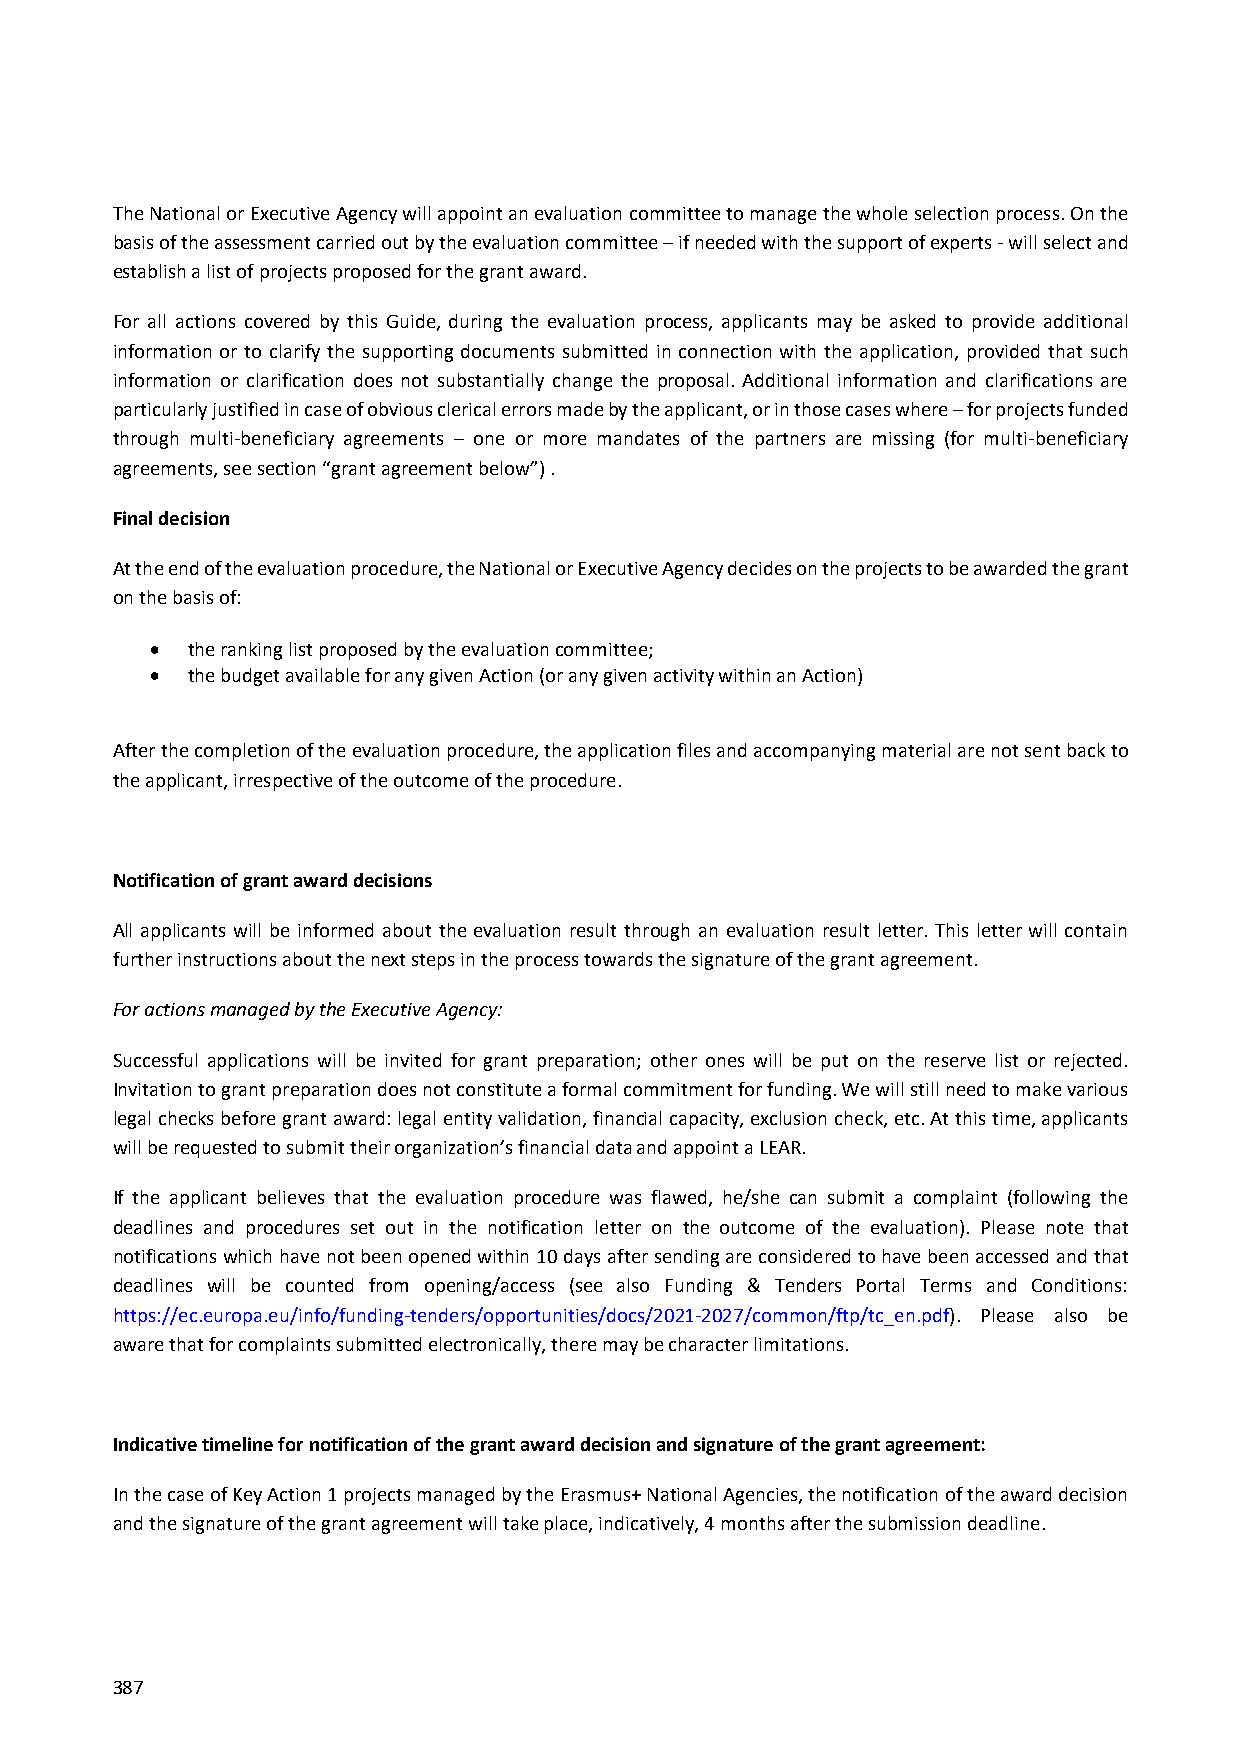
The National or Executive Agency will appoint an evaluation committee to manage the whole selection process. On the
 basis of the assessment carried out by the evaluation committee – if needed with the support of experts ‐ will select and
 establish a list of projects proposed for the grant award.
 For all actions covered by this Guide, during the evaluation process, applicants may be asked to provide additional
 information or to clarify the supporting documents submitted in connection with the application, provided that such
 information or clarification does not substantially change the proposal. Additional information and clarifications are
 particularly justified in case of obvious clerical errors made by the applicant, or in those cases where – for projects funded
 through multi‐beneficiary agreements – one or more mandates of the partners are missing (for multi‐beneficiary
 agreements, see section “grant agreement below”) .
 Final decision
 At the end of the evaluation procedure, the National or Executive Agency decides on the projects to be awarded the grant
 on the basis of:
  the ranking list proposed by the evaluation committee;
  the budget available for any given Action (or any given activity within an Action)
 After the completion of the evaluation procedure, the application files and accompanying material are not sent back to
 the applicant, irrespective of the outcome of the procedure.
 Notification of grant award decisions
 All applicants will be informed about the evaluation result through an evaluation result letter. This letter will contain
 further instructions about the next steps in the process towards the signature of the grant agreement.
 For actions managed by the Executive Agency:
 Successful applications will be invited for grant preparation; other ones will be put on the reserve list or rejected.
 Invitation to grant preparation does not constitute a formal commitment for funding. We will still need to make various
 legal checks before grant award: legal entity validation, financial capacity, exclusion check, etc. At this time, applicants
 will be requested to submit their organization’s financial data and appoint a LEAR.
 If the applicant believes that the evaluation procedure was flawed, he/she can submit a complaint (following the
 deadlines and procedures set out in the notification letter on the outcome of the evaluation). Please note that
 notifications which have not been opened within 10 days after sending are considered to have been accessed and that
 deadlines will be counted from opening/access (see also Funding & Tenders Portal Terms and Conditions:
 https://ec.europa.eu/info/funding‐tenders/opportunities/docs/2021‐2027/common/ftp/tc_en.pdf). Please also be
 aware that for complaints submitted electronically, there may be character limitations.
 Indicative timeline for notification of the grant award decision and signature of the grant agreement:
 In the case of Key Action 1 projects managed by the Erasmus+ National Agencies, the notification of the award decision
 and the signature of the grant agreement will take place, indicatively, 4 months after the submission deadline.
 387